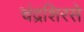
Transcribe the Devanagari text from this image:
चंद्रशिरसे